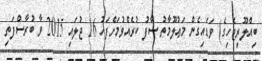
ބިއްލޫރިޖެހިގެ) ވަޑައިގެން މަޢުލޫމާތު ސާފު ކުރެއްވުމަށްފަހު 16 ޖުލައި 2015 ވާ ބުރާސްފަތި